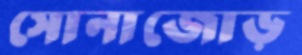
সোনাজোড়